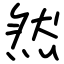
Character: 然